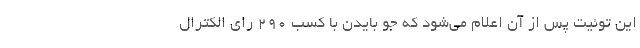
این توئیت پس از آن اعلام می‌شود که جو بایدن با کسب ۲۹۰ رای الکترال